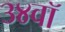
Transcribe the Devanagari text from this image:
३४वॉ